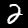
Label: 2